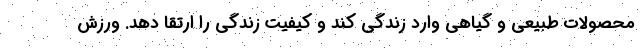
محصولات طبیعی و گیاهی وارد زندگی کند و کیفیت زندگی را ارتقا دهد. ورزش